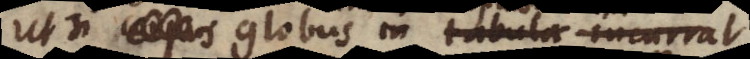
ut si corpus in tabula incurrat